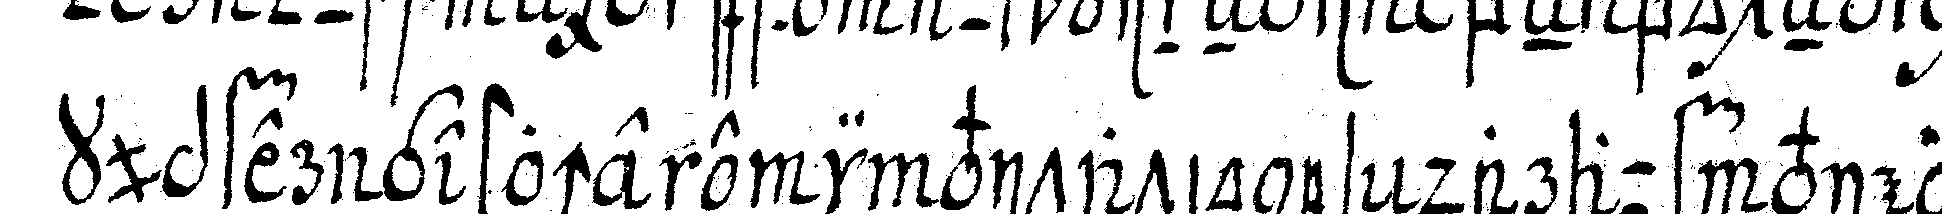
kupfer gestochene invitationes darauf viele